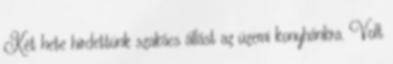
Két hete hirdettünk szakács állást az üzemi konyhánkra. Volt